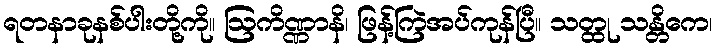
ရတနာခုနစ်ပါးတို့ကို။ ဩကိဏ္ဏာနိ၊ ဖြန့်ကြဲအပ်ကုန်ပြီ။ သတ္ထု သန္တိကေ၊